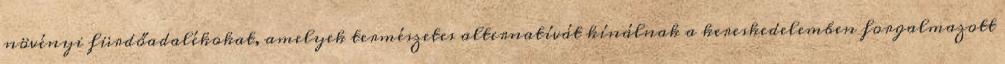
növényi fürdőadalékokat, amelyek természetes alternatívát kínálnak a kereskedelemben forgalmazott